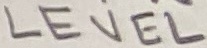
Text: LEVEL